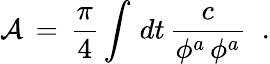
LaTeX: {\cal A}\, =\, \frac{\pi}{4}\int\, dt\, {\frac{c}{\phi^{a}\, \phi^{a}}}\; \; .